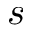
s